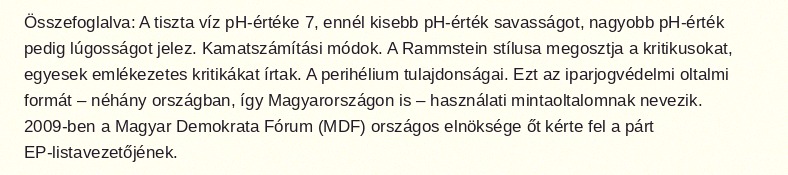
Összefoglalva: A tiszta víz pH-értéke 7, ennél kisebb pH-érték savasságot, nagyobb pH-érték pedig lúgosságot jelez. Kamatszámítási módok. A Rammstein stílusa megosztja a kritikusokat, egyesek emlékezetes kritikákat írtak. A perihélium tulajdonságai. Ezt az iparjogvédelmi oltalmi formát – néhány országban, így Magyarországon is – használati mintaoltalomnak nevezik. 2009-ben a Magyar Demokrata Fórum (MDF) országos elnöksége őt kérte fel a párt EP-listavezetőjének.